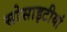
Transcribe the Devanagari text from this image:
सोसाइटीयां